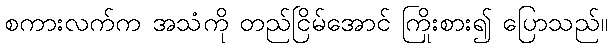
စကားလက်က အသံကို တည်ငြိမ်အောင် ကြိုးစား၍ ပြောသည်။